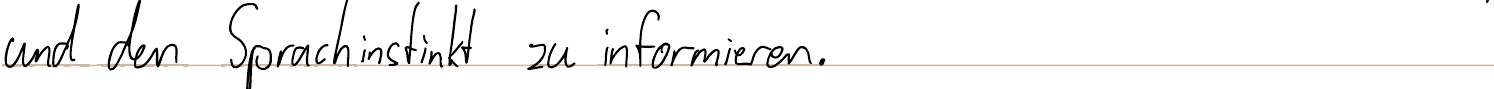
und den Sprachinstinkt zu informieren.